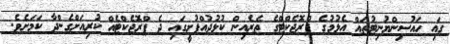
ގައި ހައުސިންޔުނިޓުތައް އެޅުމުގެ ޕްރޮޖެކްޓްގެ ތެރެއިން ކުޅުދުއްފުށީގައި ދެ ޕްރޮޖެކްޓެއް ކުރިއަށްގެންދާ ކަމަށެވެ.